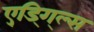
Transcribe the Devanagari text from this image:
ए्ड्गि्ल्स